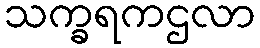
သက္ခရကဌလာ